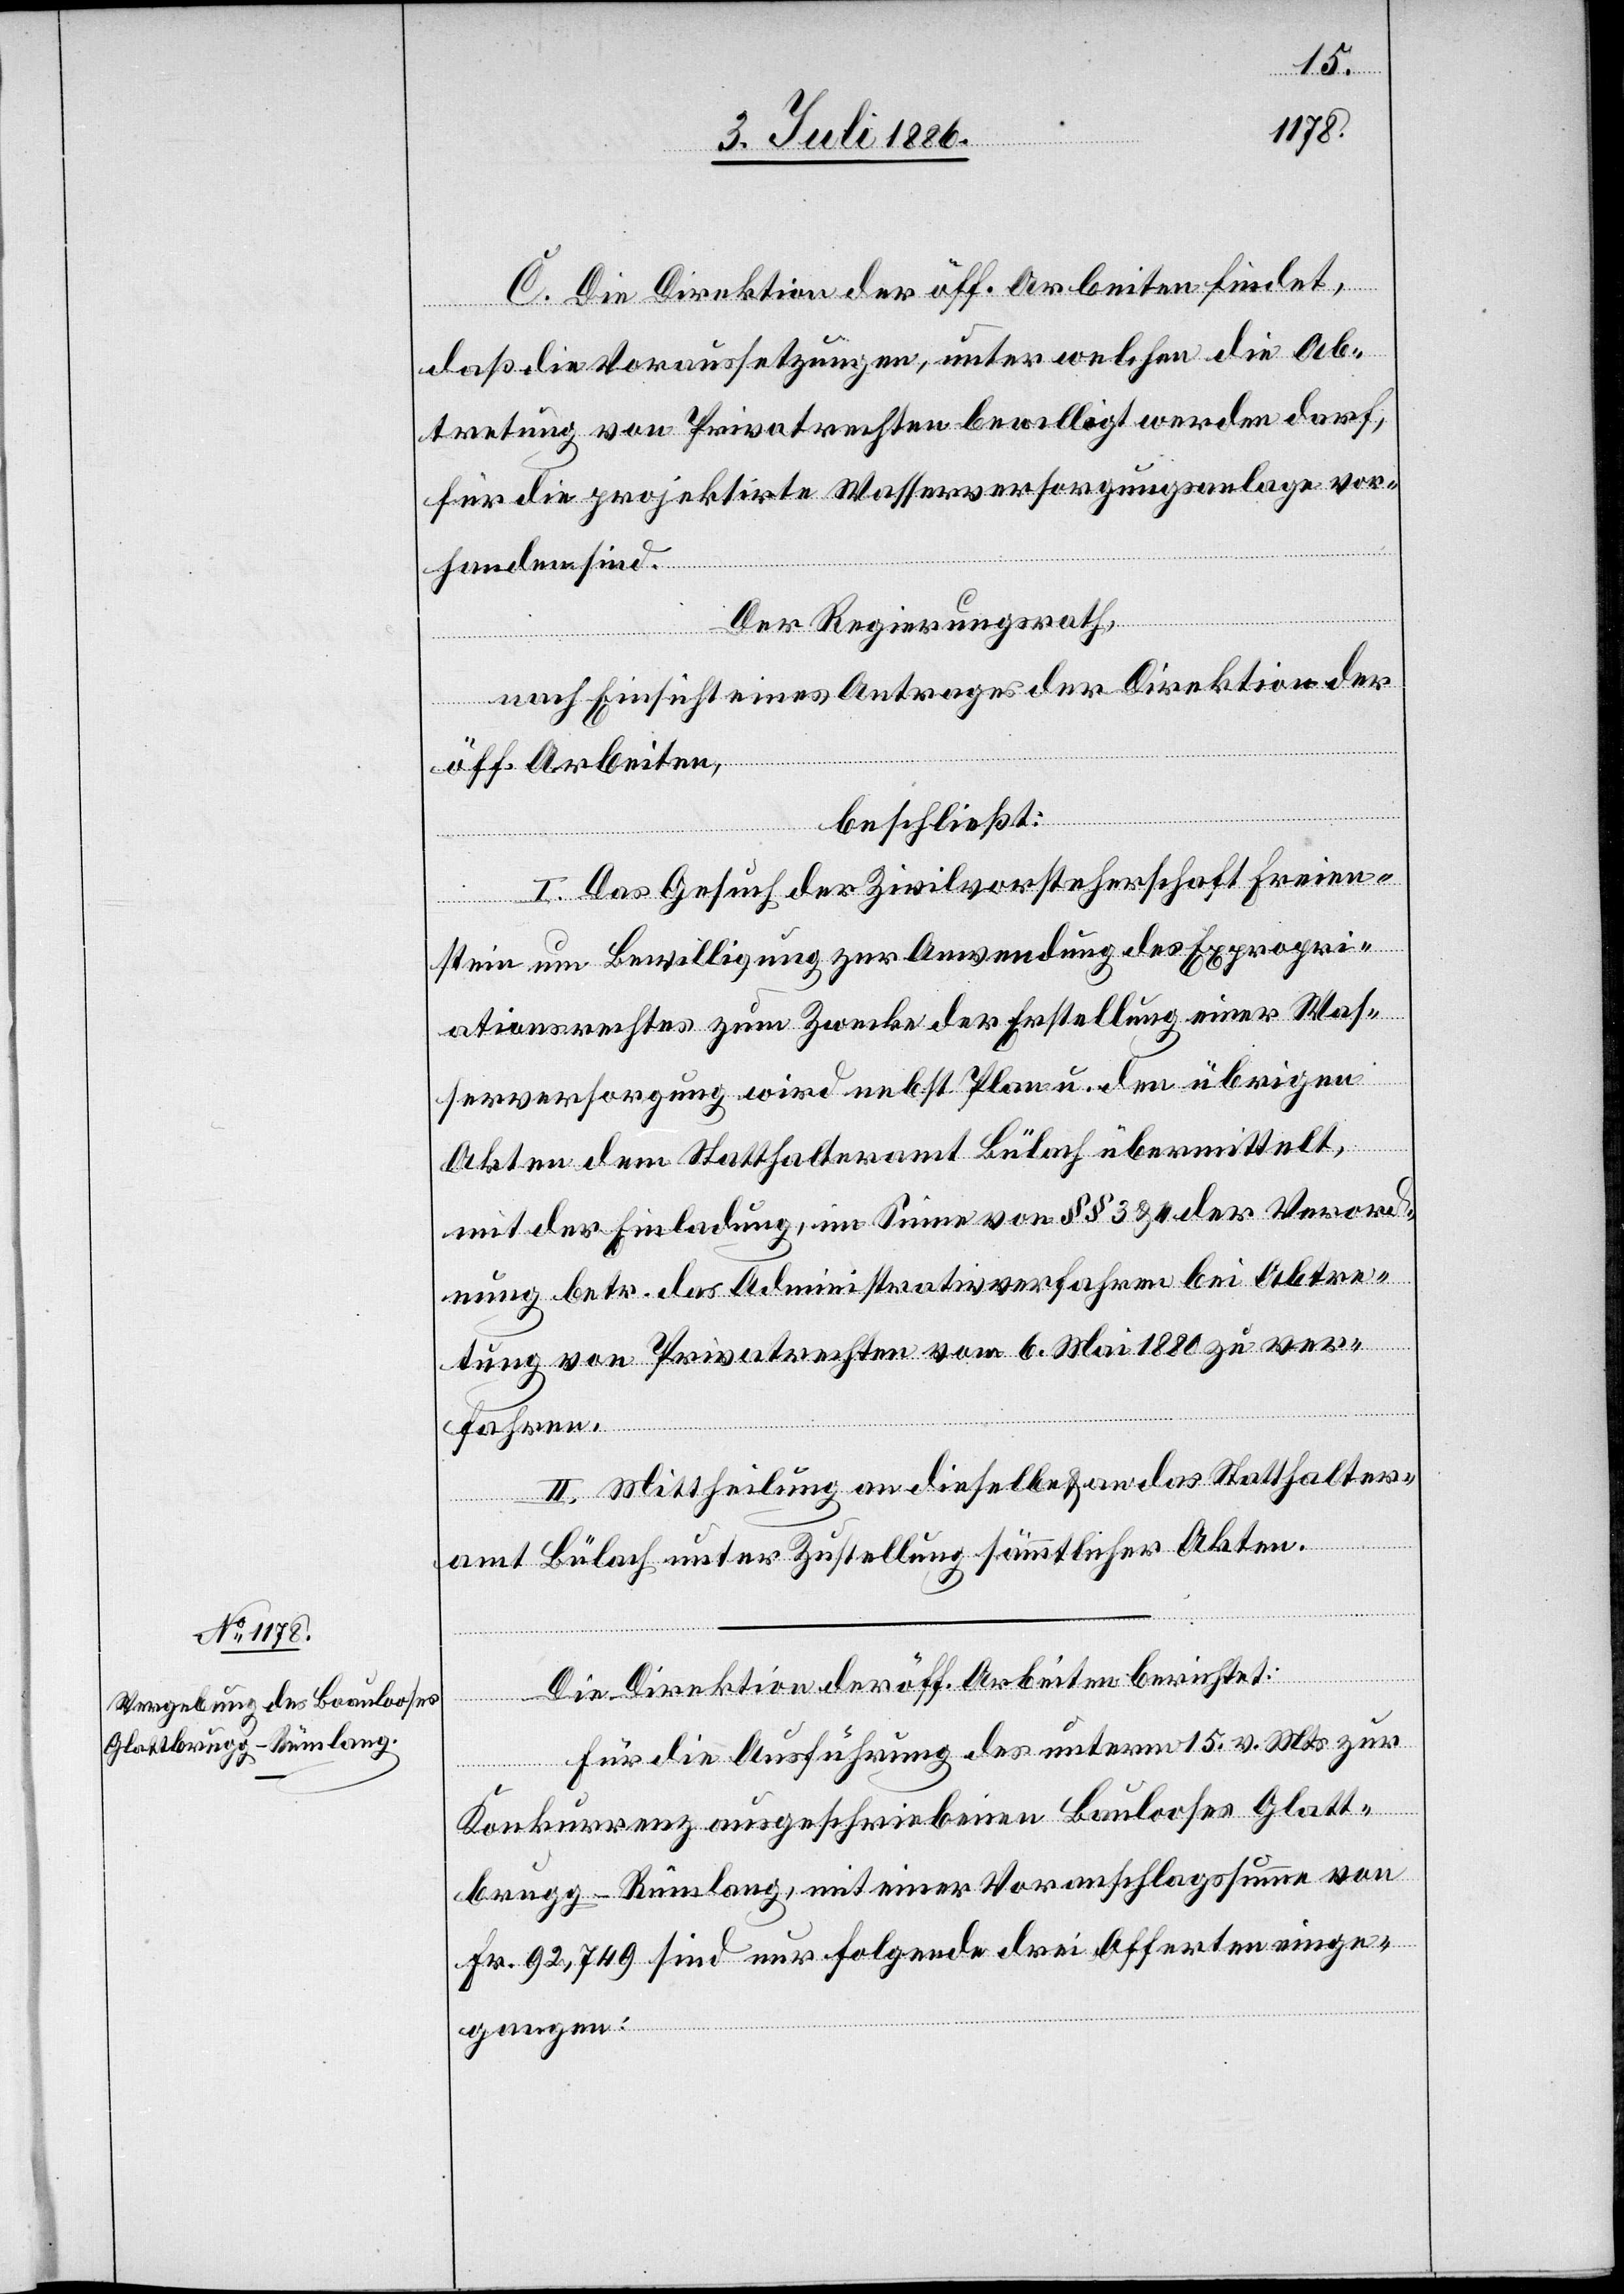
C. Die Direktion der öff. Arbeiten findet,
daß die Voraussetzungen, unter welchen die Ab¬
tretung von Privatrechten bewilligt werden darf,
für die projektirte Wasserversorgungsanlage vor¬
handen sind.
Der Regierungsrath,
nach Einsicht eines Antrages der Direktion der
öff. Arbeiten,
beschließt:
I. Das Gesuch der Zivilvorsteherschaft Freien¬
stein um Bewilligung zur Anwendung des Expropri¬
ationsrechtes zum Zwecke der Erstellung einer Was¬
serversorgung wird nebst Plan u. den übrigen
Akten dem Statthalteramt Bülach übermittelt,
mit der Einladung, im Sinne von §§ 3 & 4 der Verord¬
nung betr. das Administrativverfahren bei Abtre¬
tung von Privatrechten vom 6. Mai 1880 zu ver¬
fahren.
II. Mittheilung an dieselbe & an das Statthalter¬
amt Bülach unter Zustellung sämmtlicher Akten.
Die Direktion der öff. Arbeiten berichtet:
Für die Ausführung des unterm 15. v. Mts. zur
Konkurrenz ausgeschriebenen Baulooses Glatt¬
brugg–Rümlang, mit einer Voranschlagssumme von
Fr. 92,749 sind nur folgende drei Offerten einge¬
gangen: